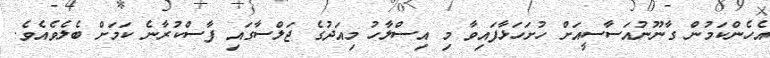
އެހެންކަމުން ގާނޫނުއަސާސީއަށް ހުށަހަޅާފައިވާ މި އިސްލާހު މިއަދުގެ ޖަލްސާގައި ފާސްކުރާނެ ކަމަށް ބެލެވެއެވެ.